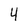
Character: 4